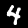
Digit: 4